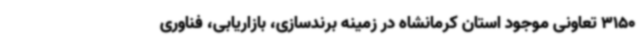
3150 تعاونی موجود استان کرمانشاه در زمینه برندسازی، بازاریابی، فناوری